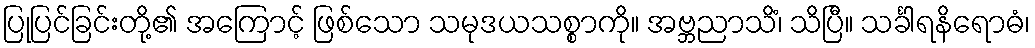
ပြုပြင်ခြင်းတို့၏ အကြောင့် ဖြစ်သော သမုဒယသစ္စာကို။ အဗ္ဘညာသိံ၊ သိပြီ။ သင်္ခါရနိရောဓံ၊